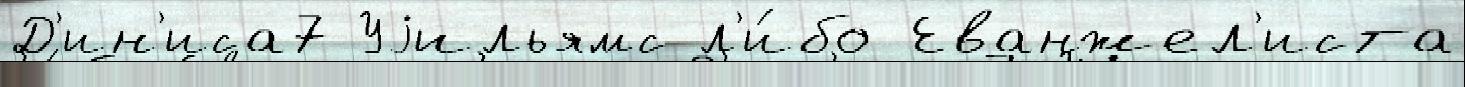
Д'ин'иса7 Уjильямс л'и́бо Еванжел'иста